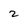
Character: 2